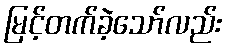
မြင့်တက်ခဲ့သော်လည်း